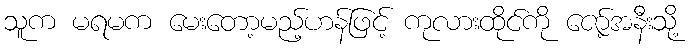
သူက မရမက မေးတော့မည့်ဟန်ဖြင့် ကုလားထိုင်ကို ဇော့်အနီးသို့